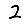
Digit: 2